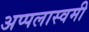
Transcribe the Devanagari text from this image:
अप्पलास्वमी